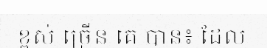
ខ្ពស់ ច្រើន គេ បាន៖ ដែល